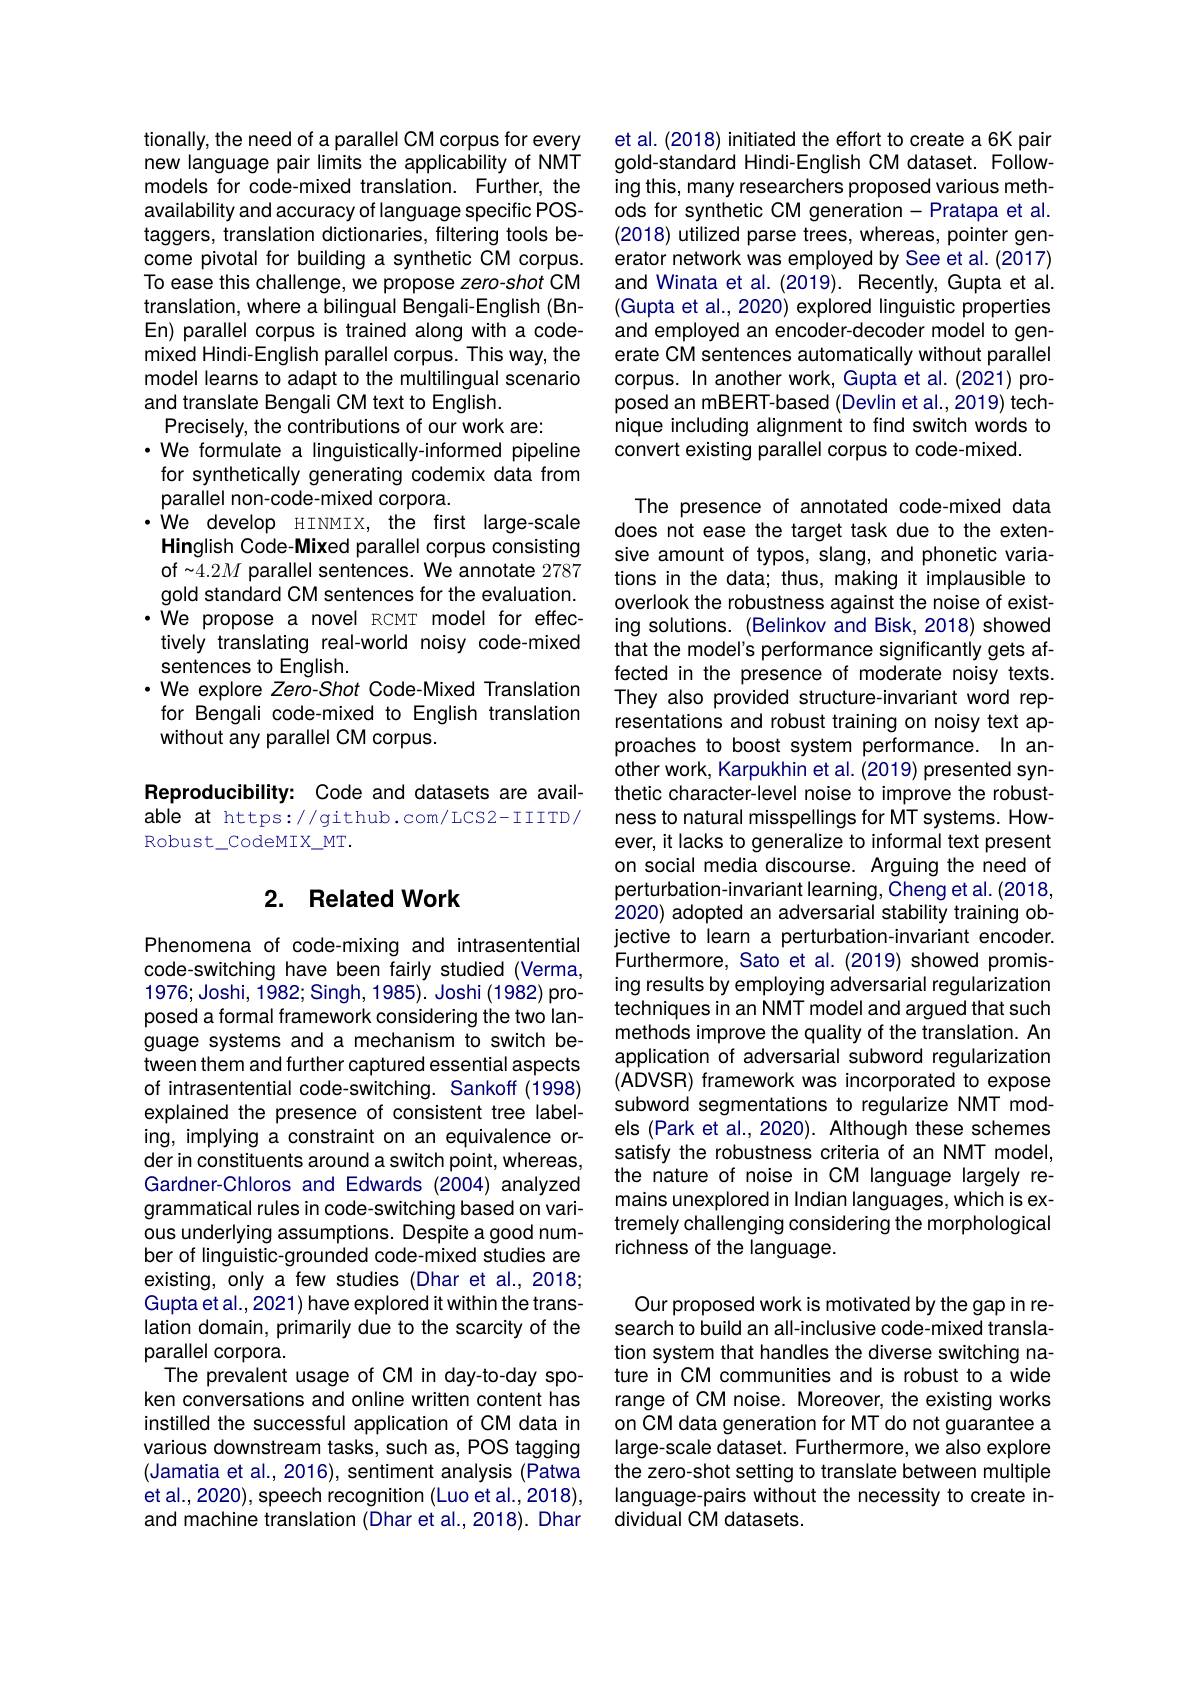
tionally, the need of a parallel CM corpus for every new language pair limits the applicability of NMT models for code-mixed translation. Further, the availability and accuracy of language specific POStaggers, translation dictionaries, filtering tools become pivotal for building a synthetic CM corpus. To ease this challenge, we propose zero-shot CM translation, where a bilingual Bengali-English (BnEn) parallel corpus is trained along with a codemixed Hindi-English parallel corpus. This way, the model learns to adapt to the multilingual scenario and translate Bengali CM text to English.
Precisely, the contributions of our work are:
$\cdot$ We formulate a linguistically-informed pipeline for synthetically generating codemix data from parallel non-code-mixed corpora.
We develop HINMIX, the first large-scale Hinglish Code-Mixed parallel corpus consisting of~4.2M parallel sentences. We annotate 2787 gold standard CM sentences for the evaluation. ·We propose a novel RCMT model for effectively translating real-world noisy code-mixed sentences to English.
·We explore Zero-Shot Code-Mixed Translation
for Bengali code-mixed to English translation
without any parallel CM corpus.

Reproducibility: Code and datasets are available at https://github.com/LCS2-IIITD/ Robust\_CodeMIX\_MT.

## 2. Related Work

Phenomena of code-mixing and intrasentential code-switching have been fairly studied (Verma, 1976; Joshi, 1982; Singh, 1985). Joshi (1982) proposed a formal framework considering the two language systems and a mechanism to switch between them and further captured essential aspects of intrasentential code-switching. Sankoff (1998) explained the presence of consistent tree labeling, implying a constraint on an equivalence order in constituents around a switch point, whereas, Gardner-Chloros and Edwards (2004) analyzed grammatical rules in code-switching based on various underlying assumptions. Despite a good number of linguistic-grounded code-mixed studies are existing, only a few studies (Dhar et al.,2018; Gupta et al., 2021) have explored it within the translation domain, primarily due to the scarcity of the parallel corpora.
The prevalent usage of CM in day-to-day spoken conversations and online written content has instilled the successful application of CM data in various downstream tasks, such as, POS tagging (Jamatia et al., 2016), sentiment analysis (Patwa et al., 2020), speech recognition (Luo et al., 2018), and machine translation (Dhar et al.,2018). Dhar

et al. (2018) initiated the effort to create a 6K pair gold-standard Hindi-English CM dataset. Following this, many researchers proposed various methods for synthetic CM generation-Pratapa et al. (2018) utilized parse trees, whereas, pointer generator network was employed by See et al. (2017) and Winata et al. (2019). Recently, Gupta et al. (Gupta et al., 2020) explored linguistic properties and employed an encoder-decoder model to generate CM sentences automatically without parallel corpus. In another work, Gupta et al. (2021) proposed an mBERT-based (Devlin et al., 2019) technique including alignment to find switch words to convert existing parallel corpus to code-mixed.

The presence of annotated code-mixed data does not ease the target task due to the extensive amount of typos, slang, and phonetic variations in the data; thus, making it implausible to overlook the robustness against the noise of existing solutions. (Belinkov and Bisk, 2018) showed that the model's performance significantly gets affected in the presence of moderate noisy texts. They also provided structure-invariant word representations and robust training on noisy text approaches to boost system performance. In another work, Karpukhin et al. (2019) presented synthetic character-level noise to improve the robustness to natural misspellings for MT systems. However, it lacks to generalize to informal text present on social media discourse. Arguing the need of perturbation-invariant learning, Cheng et al. (2018, 2020) adopted an adversarial stability training objective to learn a perturbation-invariant encoder. Furthermore, Sato et al. (2019) showed promising results by employing adversarial regularization techniques in an NMT model and argued that such methods improve the quality of the translation. An application of adversarial subword regularization (ADVSR) framework was incorporated to expose subword segmentations to regularize NMT models (Park et al., 2020). Although these schemes satisfy the robustness criteria of an NMT model, the nature of noise in CM language largely remains unexplored in Indian languages, which is extremely challenging considering the morphological richness of the language.

Our proposed work is motivated by the gap in research to build an all-inclusive code-mixed translation system that handles the diverse switching nature in CM communities and is robust to a wide range of CM noise. Moreover, the existing works on CM data generation for MT do not guarantee a large-scale dataset. Furthermore, we also explore the zero-shot setting to translate between multiple language-pairs without the necessity to create individual CM datasets.